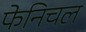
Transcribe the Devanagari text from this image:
फेनिचल